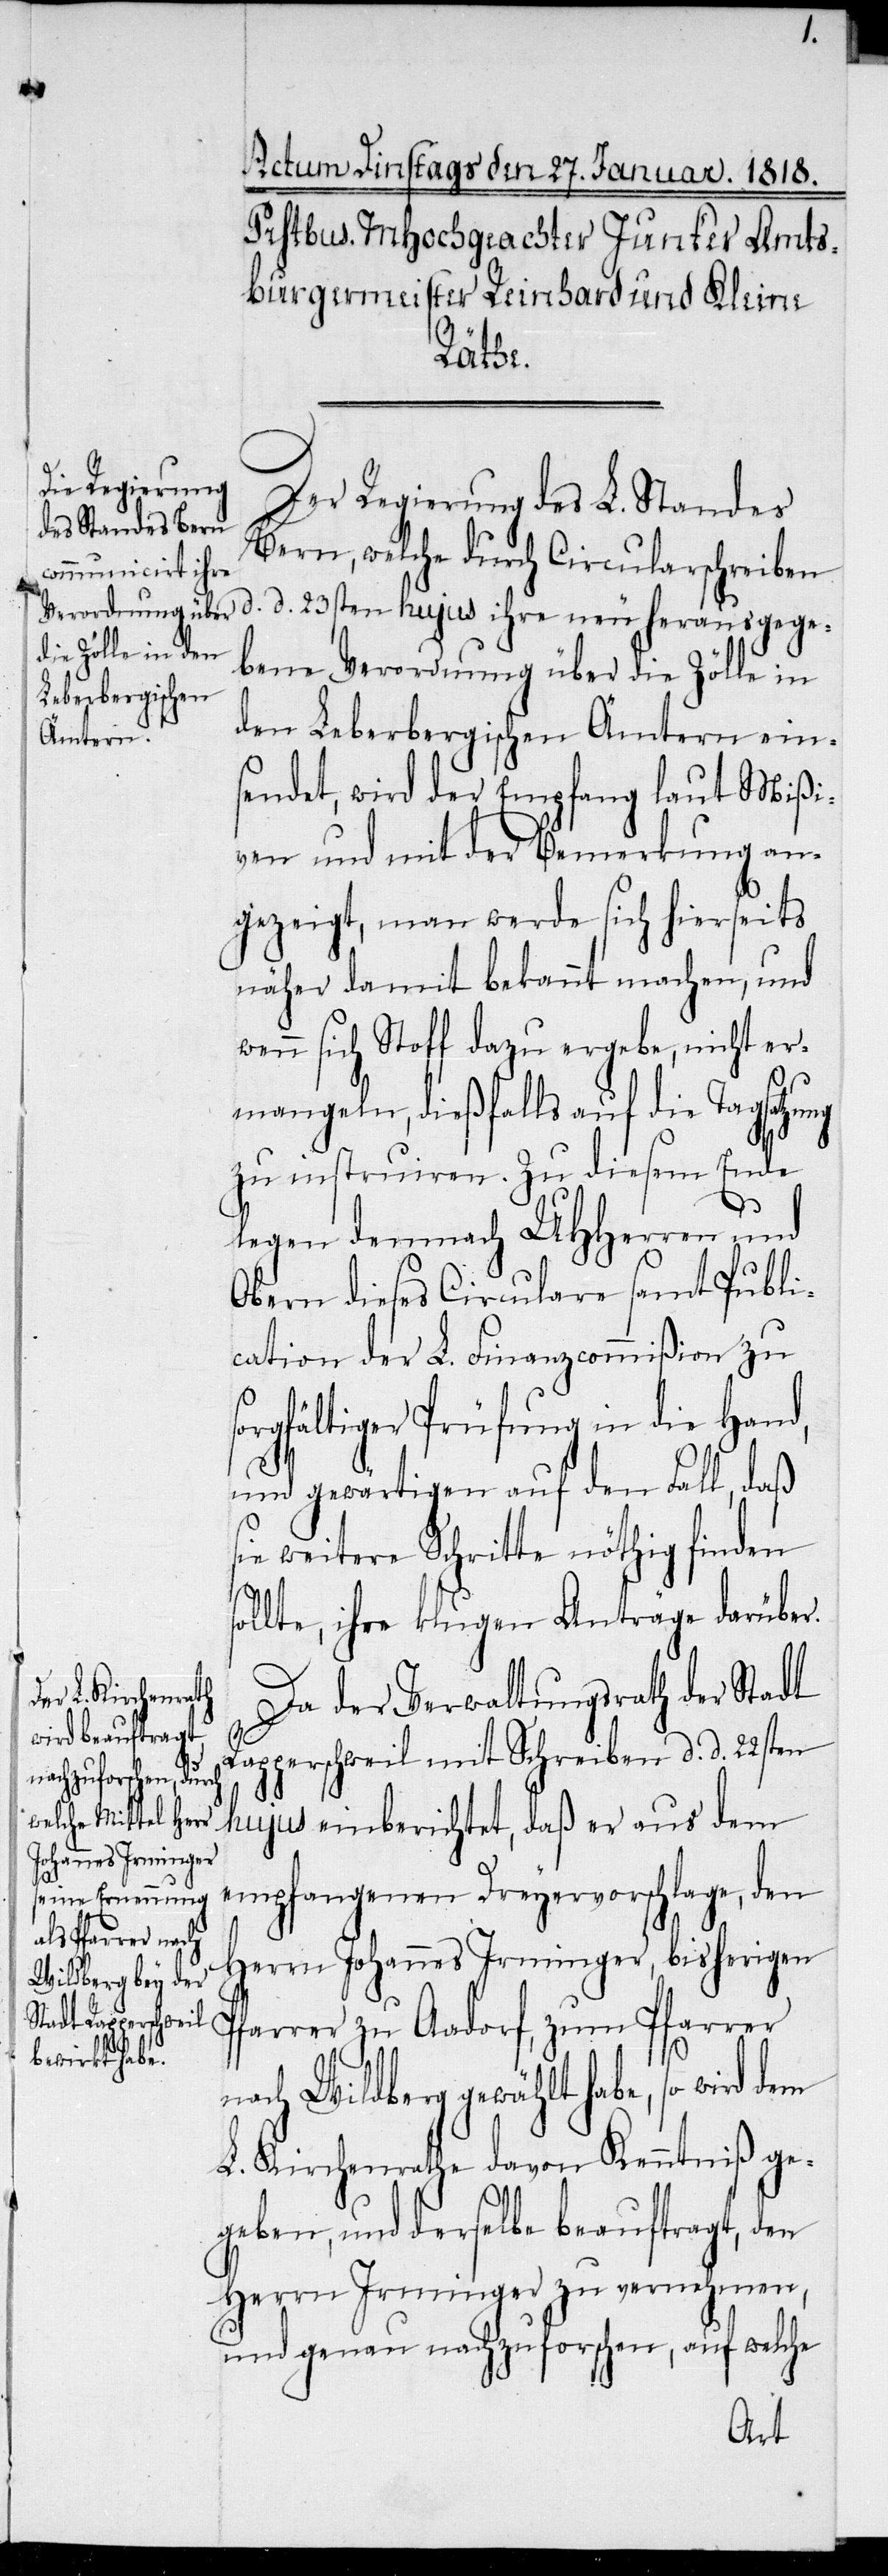
s¬
Der Regierung des L. Standes
Bern, welche durch Circularschreiben
d. d. 23sten hujus ihre neu herausgege¬
bene Verordnung über die Zölle in
den Leberbergischen Ämtern ein¬
sendet, wird der Empfang laut Mißi¬
ven und mit der Bemerkung an¬
gezeigt, man werde sich hierseits
näher damit bekannt machen, und
wenn sich Stoff dazu ergebe, nicht er¬
mangeln, dießfalls auf die Tagsatzung
zu instruiren. Zu diesem Ende
legen demnach UHHerren und
Obern dieses Circulare samt Publi¬
cation der L. Finanzcommißion zu
orgfältiger Prüfung in die Hand,
und gewärtigen auf den Fall, daß
ie weitere Schritte nöthig finden
sollte, ihre klugen Anträge darüber.
Da der Verwaltungsrath der Stadt
Rapperschweil mit Schreiben d. d. 22sten
hujus einberichtet, daß er aus dem
empfangenen Dreyervorschlage, den
Herrn Johannes Irminger, bisherigen
Pfarrer zu Aadorf, zum Pfarrer
nach Wildberg gewählt habe, so wird dem
L. Kirchenrathe davon Kenntniß ge¬
geben, und derselbe beauftragt, den
Herrn Irminger zu vernehmen,
und genau nachzuforschen, auf welche